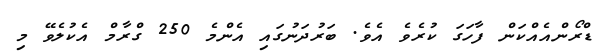
ޑްރޯންއެއްކަން ފާހަގަ ކުރެވެ އެވެ. ބަރުދަނުގައި އެންމެ 250 ގްރާމް އެކުލެވޭ މި